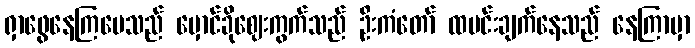
ရှာဖွေနေကြပေသည် မှောင်ခိုဈေးကွက်သည် ဦးကံတော် ထမင်းချက်နေသည် နေကြာမှာ